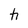
Character: h